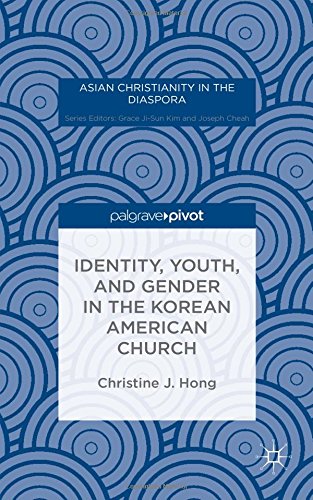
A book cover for Identity, Youth, and Gender in the Korean American Church (Asian Christianity in the Diaspora); Christine J. Hong; Christian Books & Bibles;